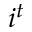
i ^ { t }